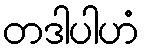
တဒါပါဟံ